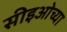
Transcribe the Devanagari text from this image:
सीइओच्या